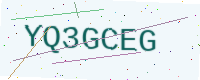
Text: YQ3GCEG